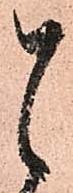
と